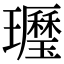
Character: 𤪾